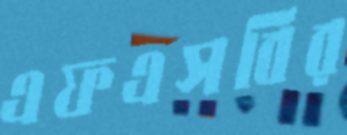
এফএসবির